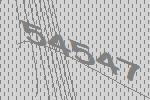
54547